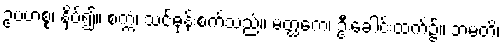
ဥပဟစ္စ၊ နှိပ်၍။ စက္ကံ၊ သင်ဓုန်းစက်သည်။ မတ္ထကေ၊ ဦးခေါင်းထက်၌။ ဘမတိ၊